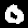
Label: 0